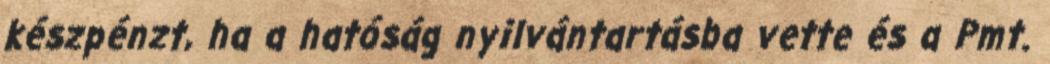
készpénzt, ha a hatóság nyilvántartásba vette és a Pmt.